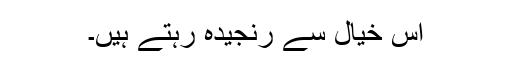
اس خیال سے رنجیدہ رہتے ہیں۔